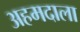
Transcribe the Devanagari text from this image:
अहमदाला